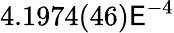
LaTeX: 4.1974(46)\mathsf{E}^{-4}